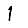
Digit: 1